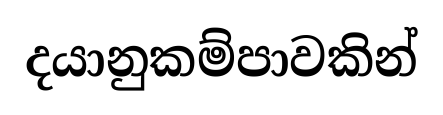
දයානුකම්පාවකින්